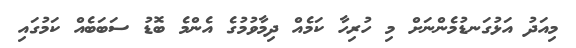
މިއަދު އަޅުގަނޑުމެންނަށް މި ހުރިހާ ކަމެއް ދިމާވުމުގެ އެންމެ ބޮޑު ސަބަބެއް ކަމުގައި